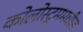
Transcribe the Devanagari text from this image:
कोलोस्ट्रममधील